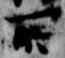
所